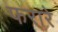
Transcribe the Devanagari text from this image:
फरारे